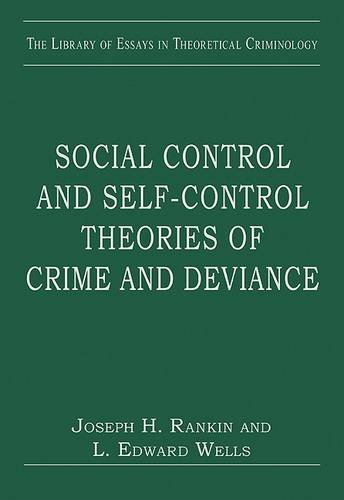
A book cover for Social Control and Self-Control Theories of Crime and Deviance (The Library of Essays in Theoretical Criminology); Joseph H. Rankin; Law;